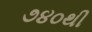
૭૪૦થી